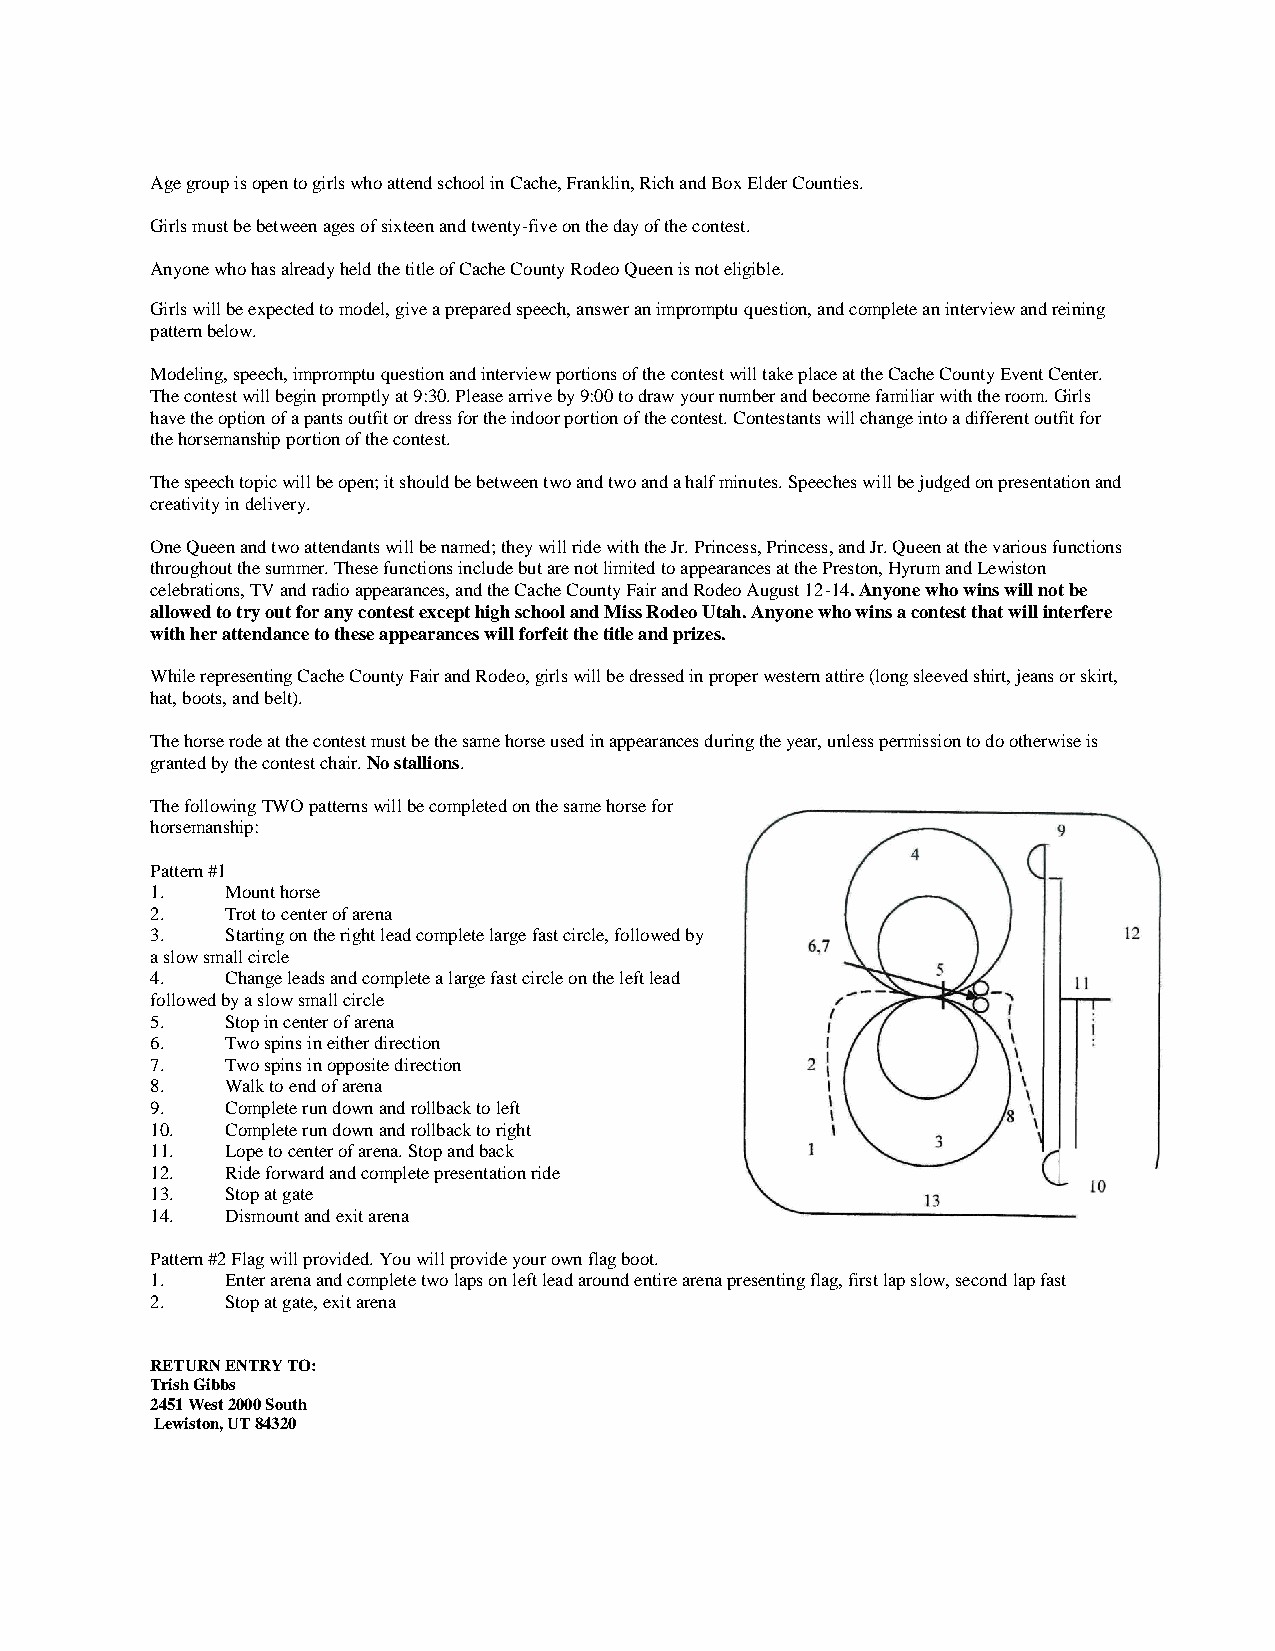
Age group is open to girls who attend school in Cache, Franklin, Rich and Box Elder Counties.
 Girls must be between ages of sixteen and twenty-five on the day of the contest.
 Anyone who has already held the title of Cache County Rodeo Queen is not eligible.
 Girls will be expected to model, give a prepared speech, answer an impromptu question, and complete an interview and reining
 pattern below.
 Modeling, speech, impromptu question and interview portions of the contest will take place at the Cache County Event Center.
 The contest will begin promptly at 9:30. Please arrive by 9:00 to draw your number and become familiar with the room. Girls
 have the option of a pants outfit or dress for the indoor portion of the contest. Contestants will change into a different outfit for
 the horsemanship portion of the contest.
 The speech topic will be open; it should be between two and two and a half minutes. Speeches will be judged on presentation and
 creativity in delivery.
 One Queen and two attendants will be named; they will ride with the Jr. Princess, Princess, and Jr. Queen at the various functions
 throughout the summer. These functions include but are not limited to appearances at the Preston, Hyrum and Lewiston
 celebrations, TV and radio appearances, and the Cache County Fair and Rodeo August 12-14. Anyone who wins will not be
 allowed to try out for any contest except high school and Miss Rodeo Utah. Anyone who wins a contest that will interfere
 with her attendance to these appearances will forfeit the title and prizes.
 While representing Cache County Fair and Rodeo, girls will be dressed in proper western attire (long sleeved shirt, jeans or skirt,
 hat, boots, and belt).
 The horse rode at the contest must be the same horse used in appearances during the year, unless permission to do otherwise is
 granted by the contest chair. No stallions.
 The following TWO patterns will be completed on the same horse for
 horsemanship:
 Pattern #1
 1.   Mount horse
 2.   Trot to center of arena
 3.   Starting on the right lead complete large fast circle, followed by
 a slow small circle
 4.   Change leads and complete a large fast circle on the left lead
 followed by a slow small circle
 5.   Stop in center of arena
 6.   Two spins in either direction
 7.   Two spins in opposite direction
 8.   Walk to end of arena
 9.   Complete run down and rollback to left
 10.  Complete run down and rollback to right
 11.  Lope to center of arena. Stop and back
 12.  Ride forward and complete presentation ride
 13.  Stop at gate
 14.  Dismount and exit arena
 Pattern #2 Flag will provided. You will provide your own flag boot.
 1.   Enter arena and complete two laps on left lead around entire arena presenting flag, first lap slow, second lap fast
 2.   Stop at gate, exit arena
 RETURN ENTRY TO:
 Trish Gibbs
 2451 West 2000 South
 Lewiston, UT 84320